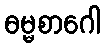
ဓမ္မစာဂေါ